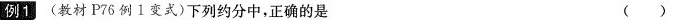
例1(教材P76例1变式)下列约分中，正确的是 ( )